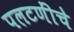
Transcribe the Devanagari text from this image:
पलटणींचे